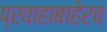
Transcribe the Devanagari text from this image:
प्रवाहाबाहेरच